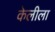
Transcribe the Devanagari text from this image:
केलीला